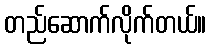
တည်ဆောက်လိုက်တယ်။